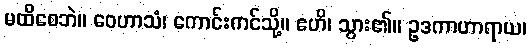
မထိစေဘဲ။ ဝေဟာသံ၊ ကောင်းကင်သို့။ ဧဟိ၊ သွား၏။ ဥဒကာဟာရာယ၊